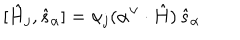
LaTeX: [ \hat { H } _ { j } , \hat { s } _ { \alpha } ] = \alpha _ { j } ( \alpha ^ { \vee } \cdot \hat { H } ) \thinspace \hat { s } _ { \alpha }